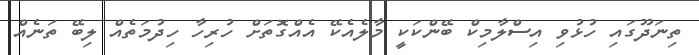
ތިނަދޫގައި ހުޅުވި އިސްލާމިކް ބޭންކަކީ މާލެއެކޭ އެއްގޮތަށް ހުރިހާ ހިދުމަތެއް ލިބޭ ތަނެއް